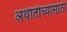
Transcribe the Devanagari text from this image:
अथीतींच्यासाठी